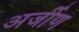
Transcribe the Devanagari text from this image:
अर्जीण